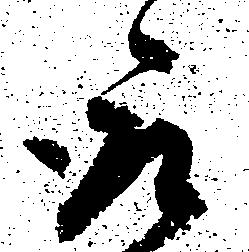
取